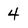
Character: 4